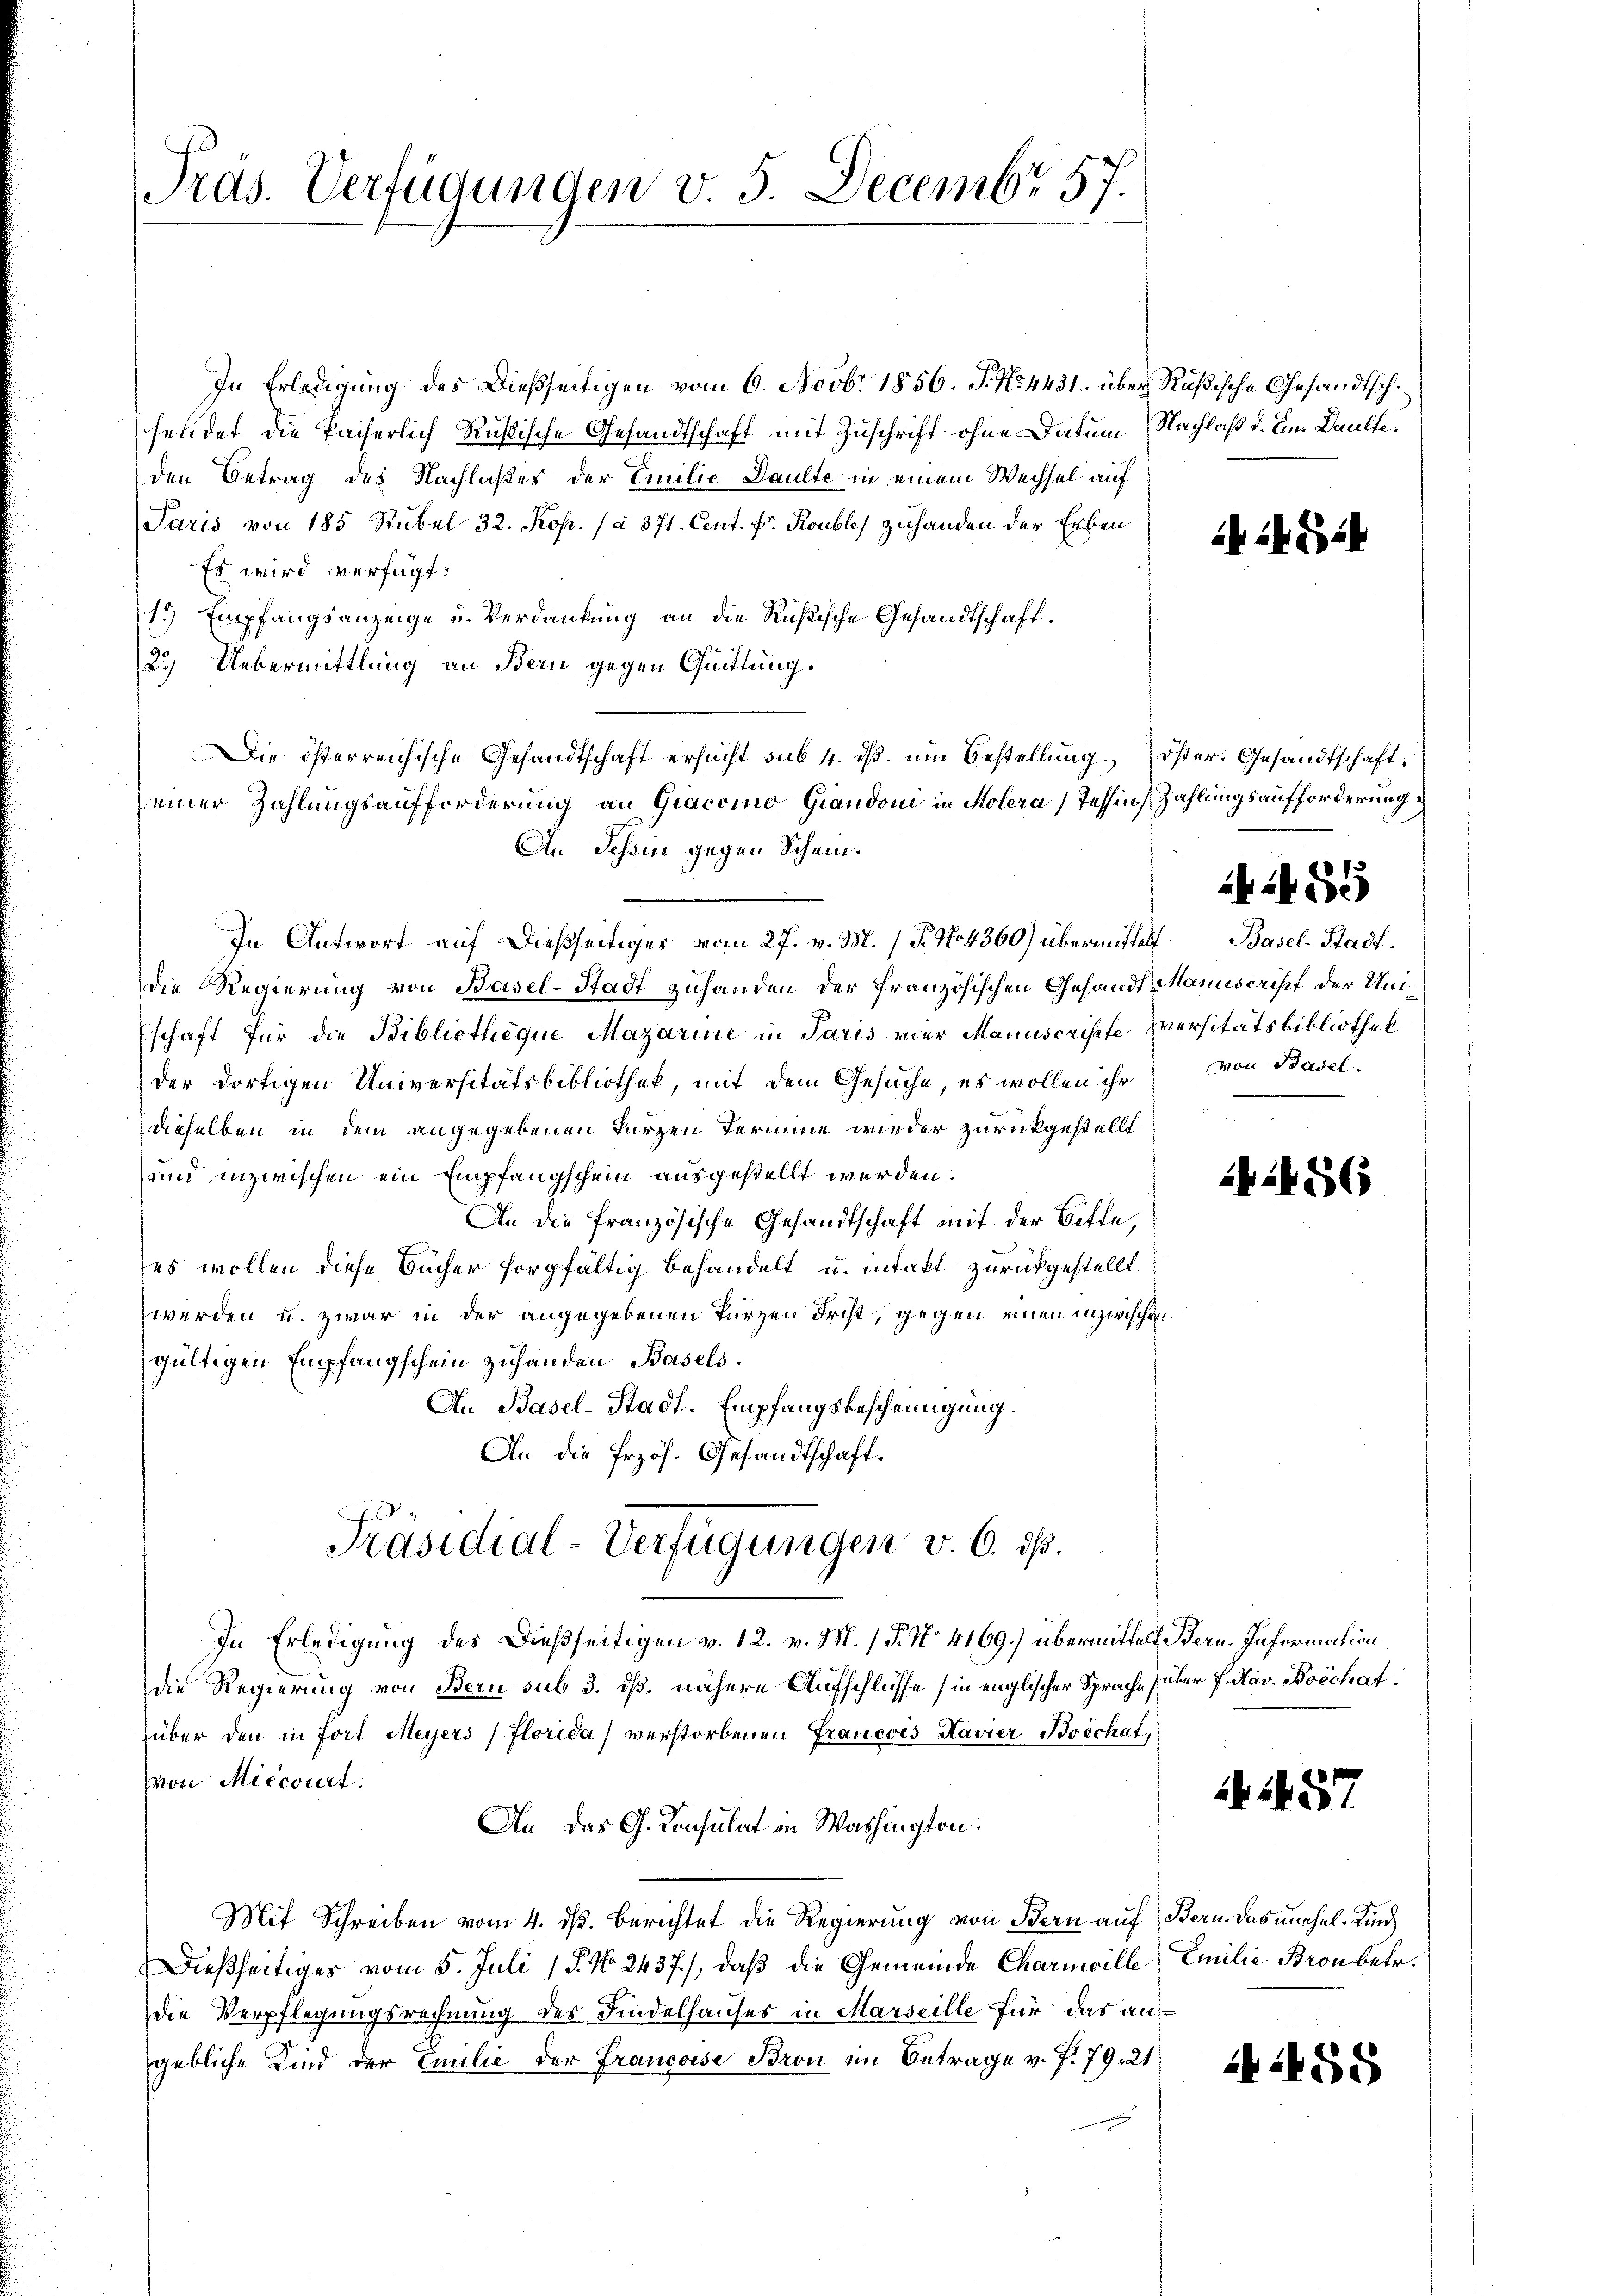
Tras. Verfügungen v. 5. Decembr 57.

In Erledigung des Dießseitigen vom 6. Novbr. 1856. J. No. 4431. über Rußische Gesandtschhendet die kaiserlich Rußische Gesandtschaft mit Zuschrift ohne Datum Nachlaß d. An Daulte
den Betrag des Nachlaßes der Emilie Daulte in einem Wechsel auf
Paris von 185 Rubel 32. Kop. (à 371. Cent. Fr. Rouble, zuhanden der Erben
Es wird verfügt:
1.) Empfangsanzeige u. Verdankung an die Rußische Gesandtschaft.
2.) Uebermittlung an Bern gegen Quittung.
einer Zahlungsaufforderung an Giacomo Giandoni in Molera, Tessin Zahlungsaufforderung
An Schein gegen Schein.
In Antwort auf dießseitiges vom 27. v. M. / P. No 4360) übermittelt Basel-Stadt.
die Regierung von Basel-Stadt zuhanden der französischen Gesandt Manuscript der Unischaft für die Bibliotheque Mazarine in Paris vier Manuscripfe versitätsbibliothek
der dortigen Universitätsbibliothek, mit dem Gesuche, es wollen ihr
dieselben in dem angegebenen kurzen Termine wieder zurückgestellt.
und inzwischen ein Empfangschein ausgestellt werden.
An die französische Gesandtschaft mit der Bitte,
es wollen diese Bücher sorgfältig behandelt u. intakt zurückgestellt
werden u. zwar in der angegebenen Kurzen Frist, gegen einen inzwischen
gültigen Empfangschein zuhanden Basels.
An Basel-Stadt. Empfangsbescheinigung.
An die Przös. Gesandtschaft.
Präsidial-Verfügungen v. 6. ds.
In Erledigung des Dießseitigen v. 12. v. M. / P. No. 4169.) übermittels
die Regierung von Bern sub 3. dß. nähere Aufschlüsse (in englischer Sprache über f. Nav. Böschaf
über den in fort Meyers Florida) verstorbenen Francois Havier Boschaf
von Miecorirt.
An das G. Konsulat in Washington.
Mit Schreiben vom 4. dß. Berichtet die Regierung von Bern auf Bern das unehel. Kind
Dießseitiges vom 5. Juli 18. No. 2437.), daß die Gemeinde Charmille
die Verpflegungsrechnung des Findelhauses in Marseille für das angebliche Kind der Emilie der Francoise Bron im Betrage v. J. 79, 21

Die österreichische Gesandtschaft ersucht sub 4. ds. um Bestellung Öster Gesandtschaft,

iS2

von Basel.

42486

85

Bern. Information

1457

Emilie Bronbetr.

458